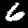
Digit: 6